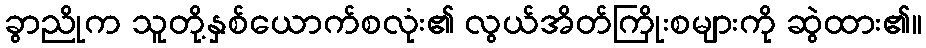
ခွာညိုက သူတို့နှစ်ယောက်စလုံး၏ လွယ်အိတ်ကြိုးစများကို ဆွဲထား၏။